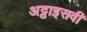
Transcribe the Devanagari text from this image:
अट्ठाइसवीं